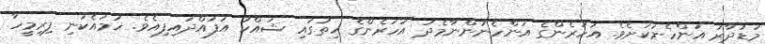
މުޑުދާރު އަންހެނަކަށެވެ. އަހަރެންގެ އަންހެނުންނާމެދު އަހަރެންގެ ހިތުގައި ޝައްކު އުފައްދައިފިއެވެ. ހަމައެކަނި ފިރިމީހާ